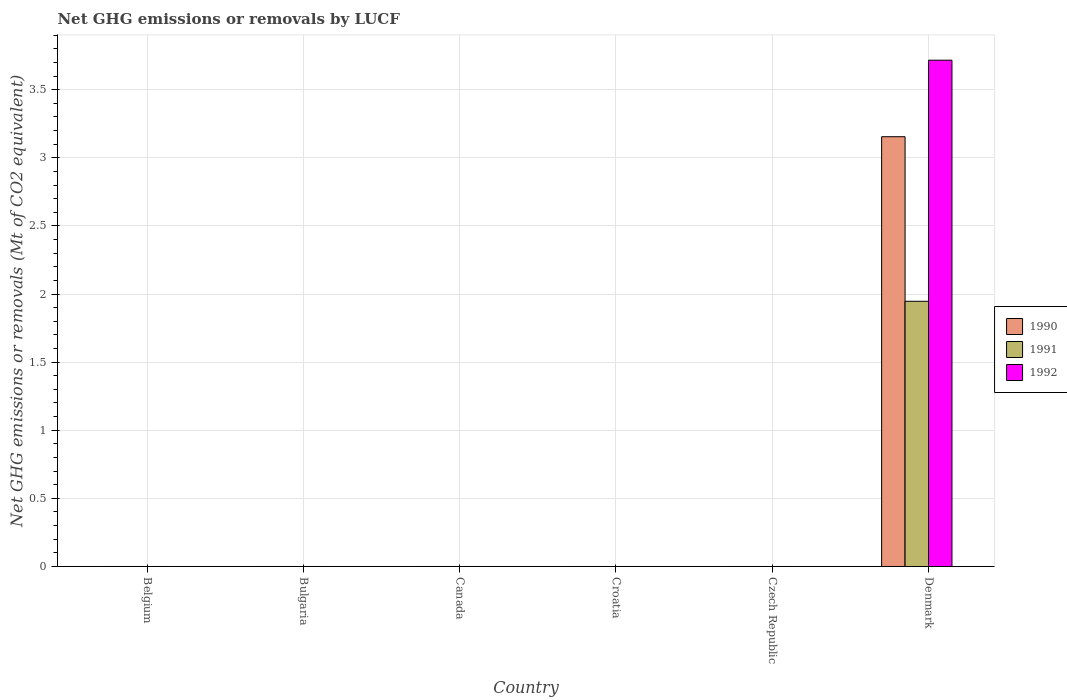
| Country | 1990 | 1991 | 1992 |
 | --- | --- | --- | --- |
 | Belgium | -1.56 | -0.94 | -1.25 |
 | Bulgaria | -13.8 | -13.7 | -13.3 |
 | Canada | -67.5 | -41.2 | -89.6 |
 | Croatia | -6.93 | -6.83 | -6.83 |
 | Czech Republic | -3.63 | -9.04 | -10.8 |
 | Denmark | 3.15 | 1.95 | 3.72 |